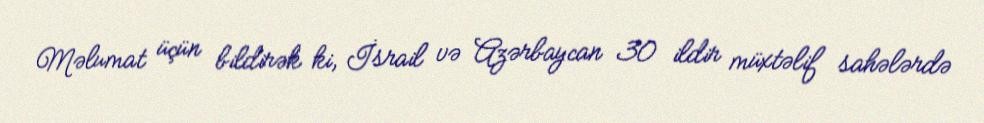
Məlumat üçün bildirək ki, İsrail və Azərbaycan 30 ildir müxtəlif sahələrdə